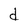
Character: d